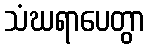
သံဃရာပေတွာ